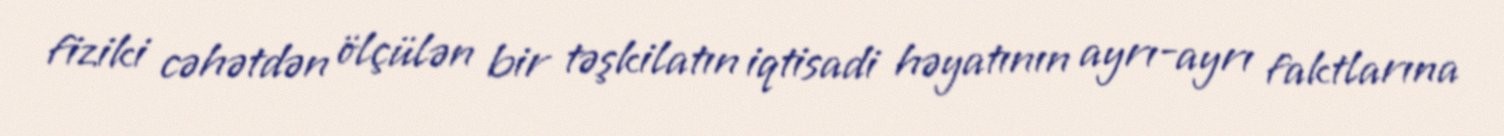
fiziki cəhətdən ölçülən bir təşkilatın iqtisadi həyatının ayrı-ayrı faktlarına